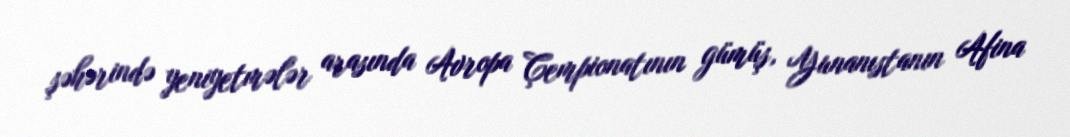
şəhərində yeniyetmələr arasında Avropa Çempionatının gümüş, Yunanıstanın Afina